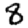
Digit: 8